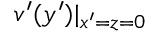
v ^ { \prime } ( y ^ { \prime } ) \rvert _ { x ^ { \prime } = z = 0 }